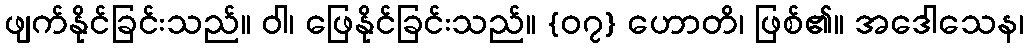
ဖျက်နိုင်ခြင်းသည်။ ဝါ၊ ဖြေနိုင်ခြင်းသည်။ {၀၇} ဟောတိ၊ ဖြစ်၏။ အဒေါသေန၊